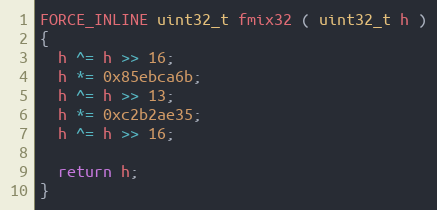
Language: C++
FORCE_INLINE uint32_t fmix32 ( uint32_t h )
{
  h ^= h >> 16;
  h *= 0x85ebca6b;
  h ^= h >> 13;
  h *= 0xc2b2ae35;
  h ^= h >> 16;

  return h;
}